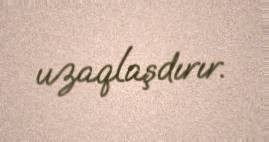
uzaqlaşdırır.